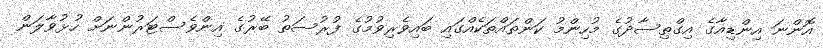
އޮންނަ އިންޑިއާގެ އިގްތިސާދުގެ މުހިންމު ކަންތައްތަކެއްގައި ބައިވެރިވުމުގެ ފުރުސަތު ބޭރުގެ އިންވެސްޓަރުންނަށް ހުޅުވާލަން